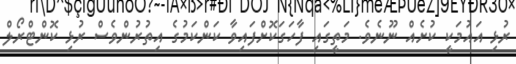
ރުޅި އައުމަކީ ކުށެއް ނޫނެވެ. މަތީގައި ފާހަގަކޮށްފައިވާ ކަންކަމުގެ އިތުރުންވެސް ރުޅި ކޮންޓްރޯލް